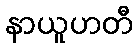
နာယူဟတီ